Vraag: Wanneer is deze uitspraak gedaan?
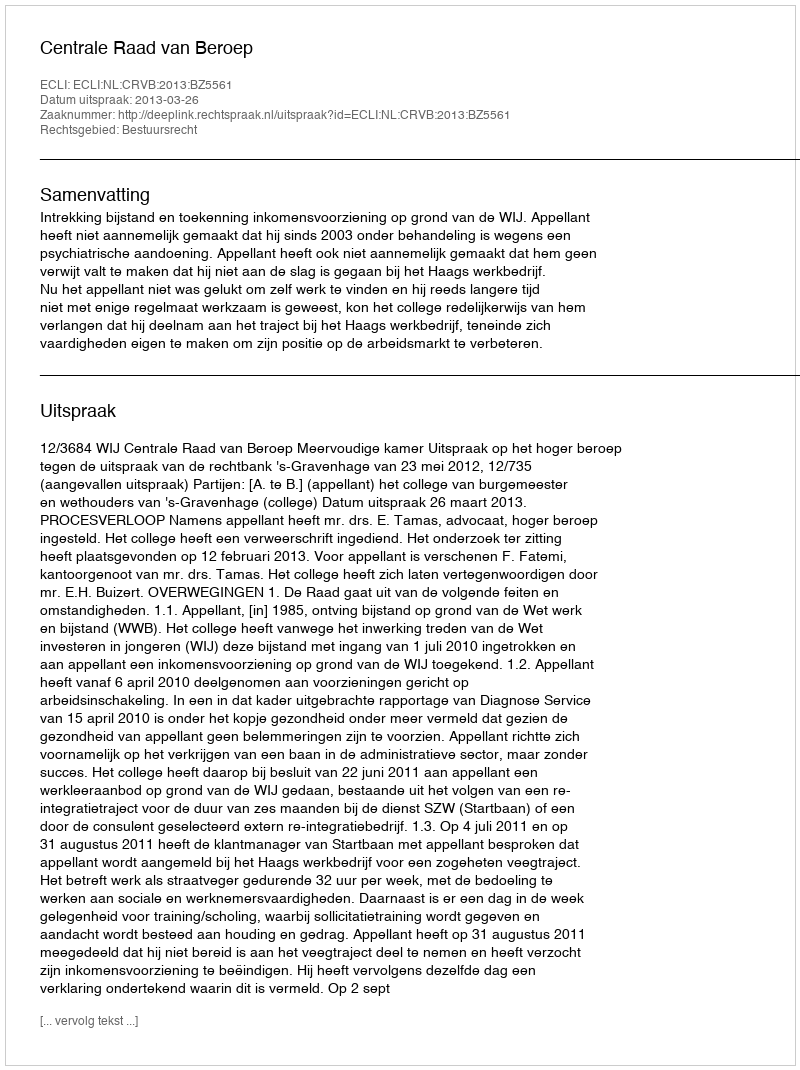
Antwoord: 2013-03-26